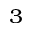
^ { 3 }